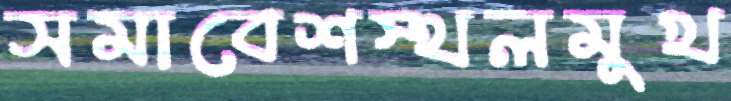
সমাবেশস্থলমুখ